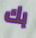
بك